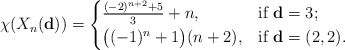
\begin{align*}\chi(X_n(\mathbf{d}))=\begin{cases}\frac{(-2)^{n+2}+5}{3}+n,& \mbox{if}\ \mathbf{d}=3;\\ \big((-1)^n+1\big)(n+2), & \mbox{if}\ \mathbf{d}=(2,2). \end{cases}\end{align*}